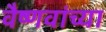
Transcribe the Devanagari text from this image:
वैष्णवांच्या